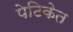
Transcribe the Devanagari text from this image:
पेटिकेत